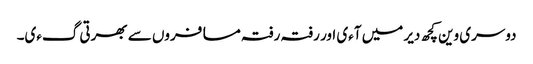
دوسری وین کچھ دیر میں آءی اور رفتہ رفتہ مسافروں سے بھرتی گءی۔